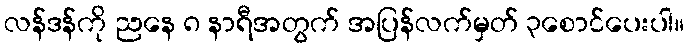
လန်ဒန်ကို ညနေ ၈ နာရီအတွက် အပြန်လက်မှတ် ၃စောင်ပေးပါ။